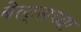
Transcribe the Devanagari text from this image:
बेल्ट्सच्या